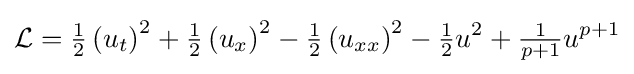
{\mathcal {L}}={\tfrac {1}{2}}\left(u_{t}\right)^{2}+{\tfrac {1}{2}}\left(u_{x}\right)^{2}-{\tfrac {1}{2}}\left(u_{xx}\right)^{2}-{\tfrac {1}{2}}u^{2}+{\tfrac {1}{p+1}}u^{p+1}